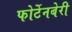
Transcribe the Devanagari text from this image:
फोर्टेनबेरी